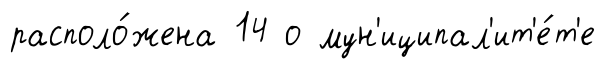
располо́жена 14 о мун'иципал'ит'е́т'е